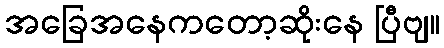
အခြေအနေကတော့ဆိုးနေ ပြီဗျ။